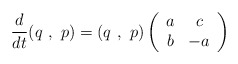
\begin{align*}\frac{d}{dt}(q\,\, ,\,\, p)=(q\,\, ,\,\, p)\left(\begin{array}{cc}a & c \\ b & -a \\ \end{array}\right)\end{align*}